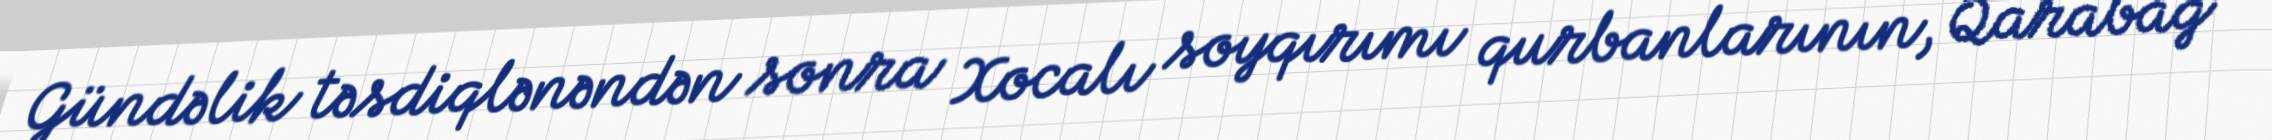
Gündəlik təsdiqlənəndən sonra Xocalı soyqırımı qurbanlarının, Qarabağ